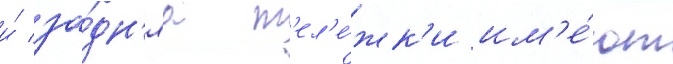
и́ за́дн'яа т'ел'е́жк'и им'е́ют